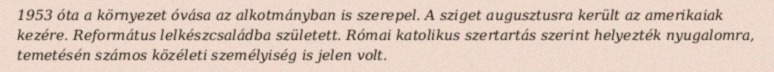
1953 óta a környezet óvása az alkotmányban is szerepel. A sziget augusztusra került az amerikaiak kezére. Református lelkészcsaládba született. Római katolikus szertartás szerint helyezték nyugalomra, temetésén számos közéleti személyiség is jelen volt.